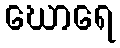
ဃောရေ